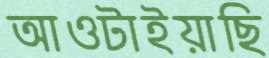
আওটাইয়াছি